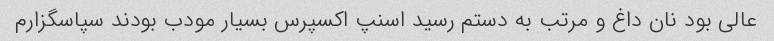
عالی بود نان داغ و مرتب به دستم رسید اسنپ اکسپرس بسیار مودب بودند سپاسگزارم